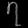
Digit: ၇